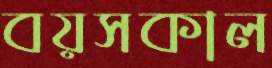
বয়সকাল